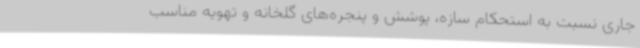
جاری نسبت به استحکام سازه، پوشش و پنجره‌های گلخانه و تهویه مناسب